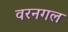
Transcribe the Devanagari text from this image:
वरनगल